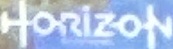
HORIZON